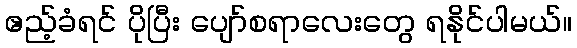
ဧည့်ခံရင် ပိုပြီး ပျော်စရာလေးတွေ ရနိုင်ပါမယ်။